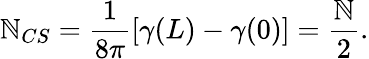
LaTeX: \mathbb{N}_{CS}=\frac{{1}}{{8\pi}}[\gamma(L)-\gamma(0)]=\frac{{\mathbb{N}}}{{2}}.